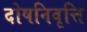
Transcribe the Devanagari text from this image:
दोषनिवृत्ति